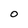
Character: 0